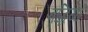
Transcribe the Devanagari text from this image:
वृद्धियां